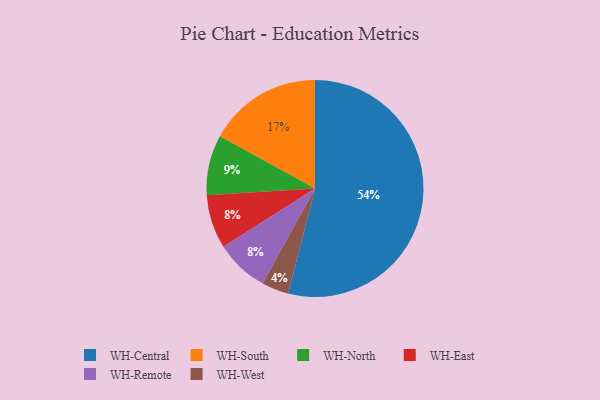
{"axis": {"x": "Category", "y": "Percentage"}, "legend": ["WH-Central", "WH-East", "WH-North", "WH-Remote", "WH-South", "WH-West"], "data": [{"x": "WH-East", "y": 8, "type": "WH-East"}, {"x": "WH-Remote", "y": 8, "type": "WH-Remote"}, {"x": "WH-South", "y": 17, "type": "WH-South"}, {"x": "WH-Central", "y": 54, "type": "WH-Central"}, {"x": "WH-West", "y": 4, "type": "WH-West"}, {"x": "WH-North", "y": 9, "type": "WH-North"}]}